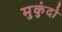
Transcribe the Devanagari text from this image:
मुकुंदो